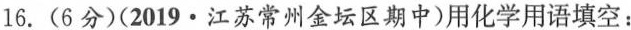
16.(6分)(2019·江苏常州金坛区期中)用化学用语填空：